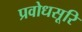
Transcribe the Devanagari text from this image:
प्रवोधसूरि